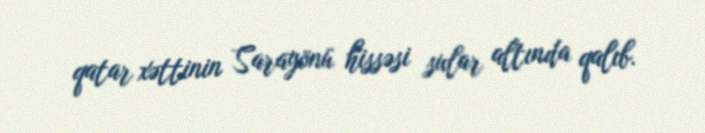
qatar xəttinin Sarayönü hissəsi sular altında qalıb.